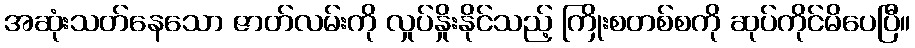
အဆုံးသတ်နေသော ဇာတ်လမ်းကို လှုပ်နှိုးနိုင်သည့် ကြိုးစတစ်စကို ဆုပ်ကိုင်မိပေပြီ။